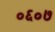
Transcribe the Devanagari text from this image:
०६०७